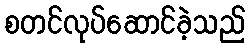
စတင်လုပ်ဆောင်ခဲ့သည်